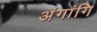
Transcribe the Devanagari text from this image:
अंगांगि